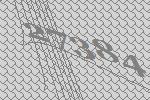
27384